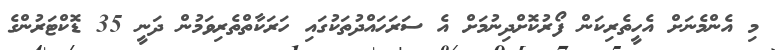
މި އެންމެނަށް އެހީތެރިކަން ފޯރުކޮށްދިނުމަށް އެ ސަރަހައްދުތަކުގައި ހަރަކާތްތެރިވަމުން ދަނީ 35 ޑޮކްޓަރުންގެ